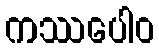
ကဿပေါဝ